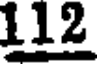
112